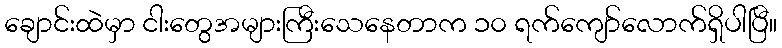
ချောင်းထဲမှာ ငါးတွေအများကြီးသေနေတာက ၁၀ ရက်ကျော်လောက်ရှိပါပြီ။